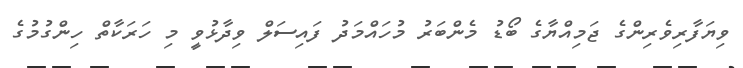
ވިޔަފާރިވެރިންގެ ޖަމިއްޔާގެ ބޯޑު މެންބަރު މުހައްމަދު ފައިސަލް ވިދާޅުވީ މި ހަރަކާތް ހިންގުމުގެ